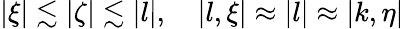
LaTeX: \begin{array}{r}{|\xi|\lesssim|\zeta|\lesssim|l|,\quad|l,\xi|\approx|l|\approx|k,\eta|}\end{array}